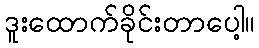
ဒူးထောက်ခိုင်းတာပေါ့။